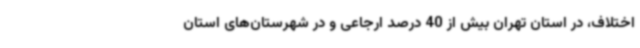
اختلاف، در استان تهران بیش از 40 درصد ارجاعی و در شهرستان‌های استان